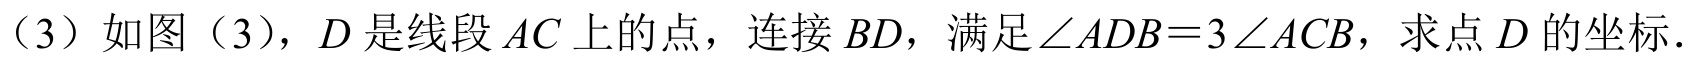
（3）如图（3），$D$是线段$AC$上的点，连接$BD$，满足$\angle ADB = 3\angle ACB$，求点$D$的坐标．